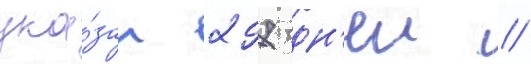
ука́зан 297 дн'еи //